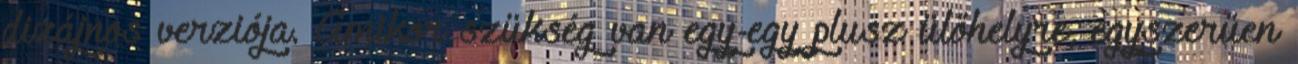
dizájnos verziója. Amikor szükség van egy-egy plusz ülőhelyre, egyszerűen